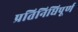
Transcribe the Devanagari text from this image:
प्रतिनिधिपूर्ण